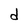
Character: d